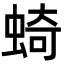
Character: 䗁